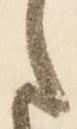
ま